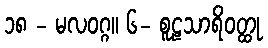
၁၈ - မလဝဂ္ဂ။ ၆- စူဠသာရိဝတ္ထု